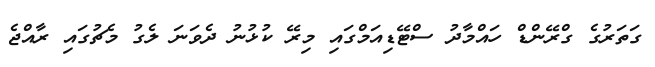
ގަތަރުގެ ގްރޭންޑް ހައްމާދު ސްޓޭޑިއަމްގައި މިރޭ ކުޅުނު ދެވަނަ ލެގު މެޗުގައި ރާއްޖެ